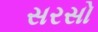
સરસો